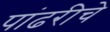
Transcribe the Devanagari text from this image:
पांढरीचे